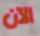
الآن